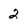
Character: 2